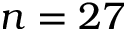
n = 2 7